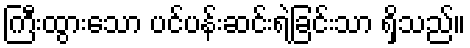
ကြီးထွားသော ပင်ပန်းဆင်းရဲခြင်းသာ ရှိသည်။